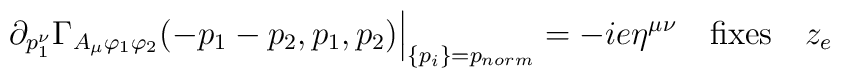
\partial_{p_1^\nu} \Gamma_{A_\mu \varphi_1 \varphi_2 } (-p_1-p_2,p_1,p_2) \Big|_{\{p_i\} = p_{norm} } =  - i e \eta^{\mu \nu}  \quad \mbox{fixes} \quad z_e